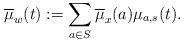
\begin{align*}\overline{\mu}_w(t):=\sum_{a\in S} \overline{\mu}_x(a)\mu_{a,s}(t).\end{align*}